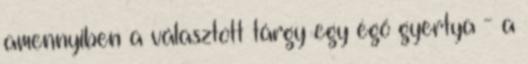
amennyiben a választott tárgy egy égő gyertya - a